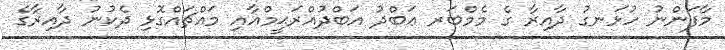
މާފަންނު ހުޅަނގު ދާއިރާ ގެ މެމްބަރ ޢަބްދު އަބްދުއްރަޙީމްއާއި މައްޗައްގޮޅި ދެކުނު ދާއިރާގެ